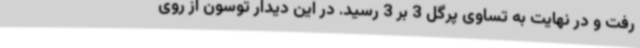
رفت و در نهایت به تساوی پرگل 3 بر 3 رسید. در این دیدار توسون از روی